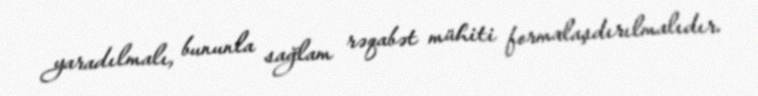
yaradılmalı, bununla sağlam rəqabət mühiti formalaşdırılmalıdır.